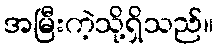
အမြီးကဲ့သို့ရှိသည်။